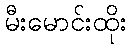
မီးမောင်းထိုး